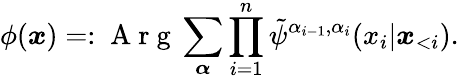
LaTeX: \phi(\boldsymbol{x})=:\mathrm{~A~r~g~}\sum_{\boldsymbol{\alpha}}\prod_{i=1}^{n}\tilde{\psi}^{\alpha_{i-1},\alpha_{i}}(x_{i}|\boldsymbol x_{<i}).